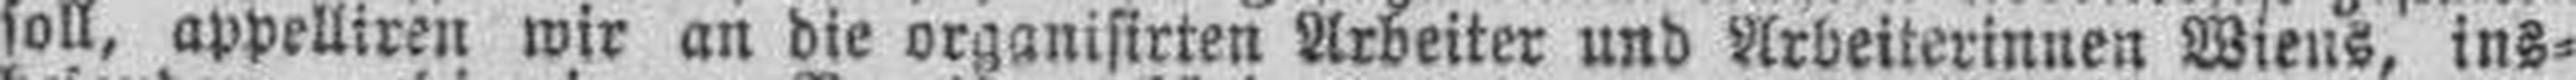
soll, appelliren wir an die organisirten Arbeiter und Arbeiterinnen Wiens, ins¬